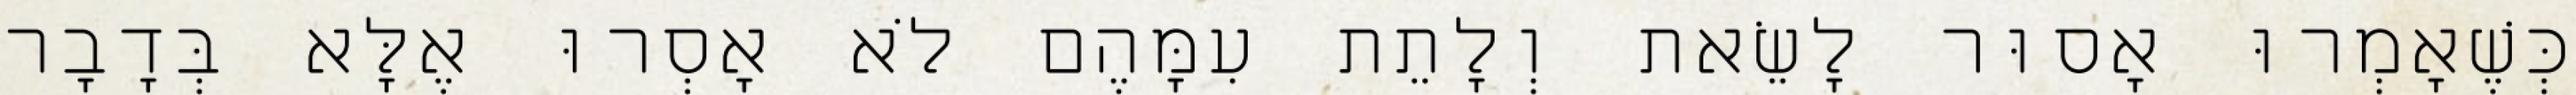
כְּשֶׁאָמְרוּ אָסוּר לָשֵׂאת וְלָתֵת עִמָּהֶם לֹא אָסְרוּ אֶלָּא בְּדָבָר